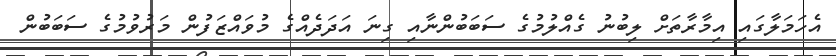
އެހަމަލާގައި އިމާރާތަށް ލިިބުނު ގެއްލުމުގެ ސަބަބުންނާއި ގިނަ އަދަދެއްގެ މުވައްޒަފުން މަރުވުމުގެ ސަބަބުން